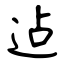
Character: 迠